Indian journal of veterinary science and animal husbandry - Volume 12,
Year: 1942
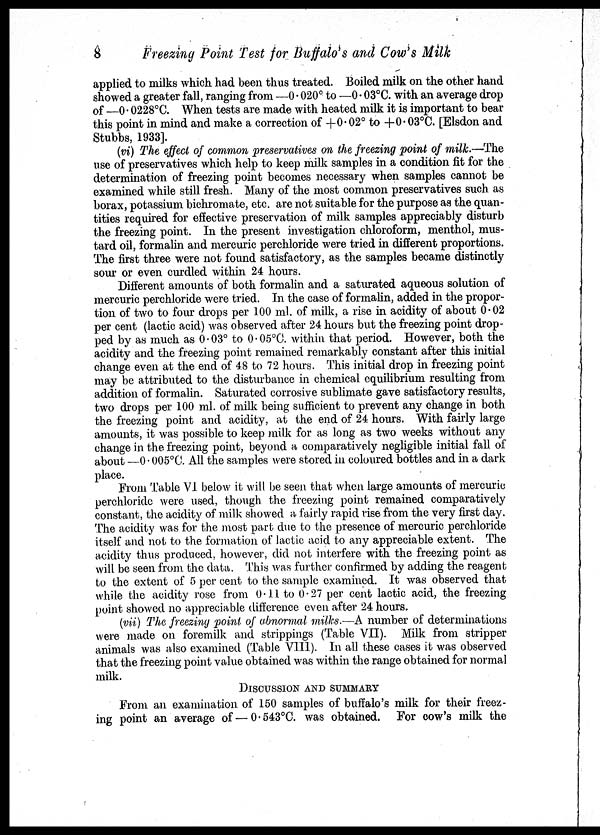
8
Freezing Point Test for Buffalo's and Cow's Milk
applied to milks which had been thus treated. Boiled milk on the other hand
showed a greater fall, ranging from —0.020° to —0.03°C. with an average drop
of —0.0228°C. When tests are made with heated milk it is important to bear
this point in mind and make a correction of +0.02° to +0.03°C. [Elsdon and
Stubbs, 1933].
(vi) The effect of common preservatives on the freezing point of milk.—The
use of preservatives which help to keep milk samples in a condition fit for the
determination of freezing point becomes necessary when samples cannot be
examined while still fresh. Many of the most common preservatives such as
borax, potassium bichromate, etc. are not suitable for the purpose as the quan-
tities required for effective preservation of milk samples appreciably disturb
the freezing point. In the present investigation chloroform, menthol, mus-
tard oil, formalin and mercuric perchloride were tried in different proportions.
The first three were not found satisfactory, as the samples became distinctly
sour or even curdled within 24 hours.
Different amounts of both formalin and a saturated aqueous solution of
mercuric perchloride were tried. In the case of formalin, added in the propor-
tion of two to four drops per 100 ml. of milk, a rise in acidity of about 0.02
per cent (lactic acid) was observed after 24 hours but the freezing point drop-
ped by as much as 0.03° to 0.05°C. within that period. However, both the
acidity and the freezing point remained remarkably constant after this initial
change even at the end of 48 to 72 hours. This initial drop in freezing point
may be attributed to the disturbance in chemical equilibrium resulting from
addition of formalin. Saturated corrosive sublimate gave satisfactory results,
two drops per 100 ml. of milk being sufficient to prevent any change in both
the freezing point and acidity, at the end of 24 hours. With fairly large
amounts, it was possible to keep milk for as long as two weeks without any
change in the freezing point, beyond a comparatively negligible initial fall of
about —0.005°C. All the samples were stored in coloured bottles and in a dark
place.
From Table VI below it will be seen that when large amounts of mercuric
perchloride were used, though the freezing point remained comparatively
constant, the acidity of milk showed a fairly rapid rise from the very first day.
The acidity was for the most part due to the presence of mercuric perchloride
itself and not to the formation of lactic acid to any appreciable extent. The
acidity thus produced, however, did not interfere with the freezing point as
will be seen from the data. This was further confirmed by adding the reagent
to the extent of 5 per cent to the sample examined. It was observed that
while the acidity rose from 0.11 to 0.27 per cent lactic acid, the freezing
point showed no appreciable difference even after 24 hours.
(vii) The freezing point of abnormal milks.—A number of determinations
were made on foremilk and strippings (Table VII). Milk from stripper
animals was also examined (Table VIII). In all these cases it was observed
that the freezing point value obtained was within the range obtained for normal
milk.
DISCUSSION AND SUMMARY
From an examination of 150 samples of buffalo's milk for their freez-
ing point an average of — 0.543°C. was obtained. For cow's milk the